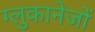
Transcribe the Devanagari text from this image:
ग्लुकानेजों